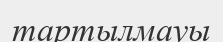
тартылмауы